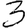
Digit: 3